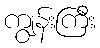
ကျွန်းကြီး